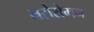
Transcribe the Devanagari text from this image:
भरोसेमन